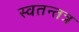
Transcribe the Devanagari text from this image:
स्वतन्तत्र